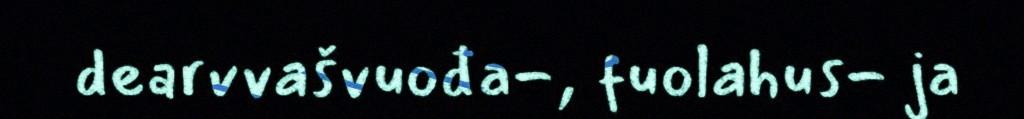
dearvvašvuođa-, fuolahus- ja